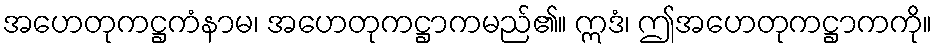
အဟေတုကဋ္ဌကံနာမ၊ အဟေတုကဋ္ဌာကမည်၏။ ဣဒံ၊ ဤအဟေတုကဋ္ဌာကကို။